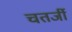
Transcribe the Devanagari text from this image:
चतर्जी